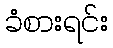
ခံစားရင်း